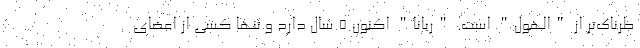
طرناک‌تر از "الهول" است. "ریانا" اکنون 5 سال دارد و تنها کسی از اعضای